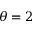
\theta = 2